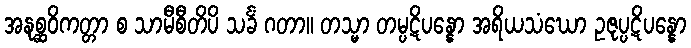
အနုစ္ဆဝိကတ္တာ စ သာမီစီတိပိ သင်္ခံ ဂတာ။ တသ္မာ တမ္ပဋိပန္နော အရိယသံဃော ဥဇုပ္ပဋိပန္နော